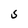
Character: S